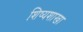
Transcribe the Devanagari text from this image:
शिष्यशाखा